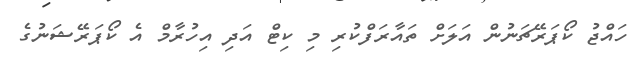
ހައްޖު ކޯޕަރޭޗަނުން އަލަށް ތައާރަފްކުރި މި ކިޓް އަދި އިހުރާމް އެ ކޯޕަރޭޝަނުގެ